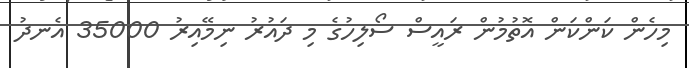
މިހެން ކަންކަން އޮތުމުން ރައީސް ސޯލިހުގެ މި ދައުރު ނިމޭއިރު 35000 އެނދު